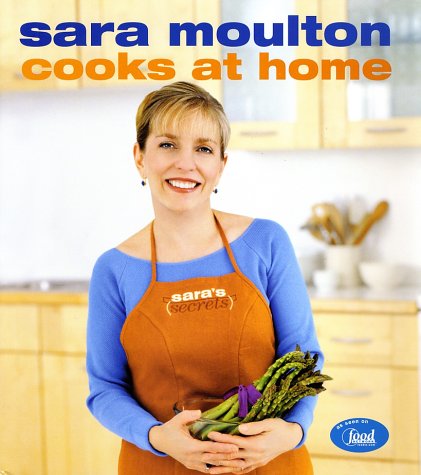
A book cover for Sara Moulton Cooks at Home; Sara Moulton; Cookbooks, Food & Wine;